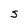
Character: S